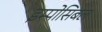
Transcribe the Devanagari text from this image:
इम्पोसिबल